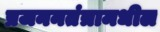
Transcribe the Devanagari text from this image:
प्रजननतंत्रामधील